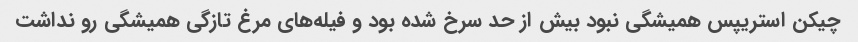
چیکن استریپس همیشگی نبود بیش از حد سرخ شده بود و فیله‌های مرغ تازگی همیشگی رو نداشت